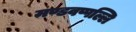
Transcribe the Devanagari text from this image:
मण्डवप्पल्लि